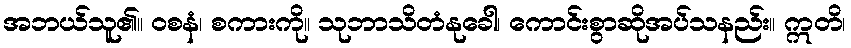
အဘယ်သူ၏။ ဝစနံ၊ စကားကို။ သုဘာသိတံနုခေါ၊ ကောင်းစွာဆိုအပ်သနည်း။ ဣတိ၊